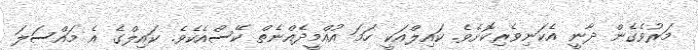
މަރުވެގެން ދާނީ އެކަނިވެރިކޮށެވެ. ކައިލްއަކީ ހަމަ އުއްމީދެއްނެތް ކޭސްއެކެވެ. ކައިލްގެ އެ މައްސަލަ